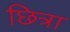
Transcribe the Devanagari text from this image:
छित्रा